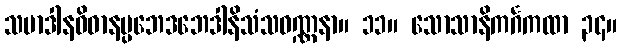
သမာဒါနဝိဓာနပ္ပဘေဒဘေဒါနိသံသဝဏ္ဏနာ။ ၁၁။ သောသာနိကင်္ဂကထာ ၃၄။